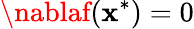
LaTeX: \nablaf(\mathbf{x}^{*})=0